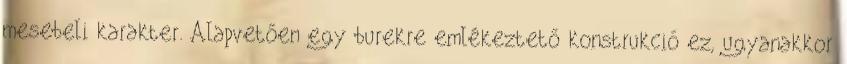
mesebeli karakter. Alapvetően egy burekre emlékeztető konstrukció ez, ugyanakkor